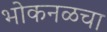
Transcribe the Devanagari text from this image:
भोकनळचा